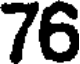
76